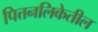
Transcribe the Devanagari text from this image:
पित्तनलिकेतील